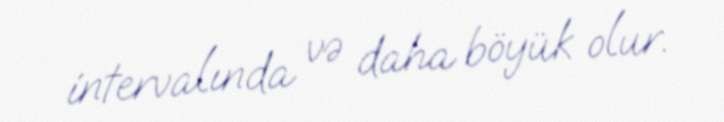
intervalında və daha böyük olur.